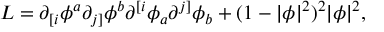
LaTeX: { \cal L } = \partial _ { [ i } { \phi ^ { a } } \partial _ { j ] } { \phi ^ { b } } \partial ^ { [ i } { \phi _ { a } } \partial ^ { j ] } { \phi _ { b } } + ( 1 - | \phi | ^ { 2 } ) ^ { 2 } | \phi | ^ { 2 } ,